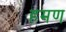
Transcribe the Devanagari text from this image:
हमण